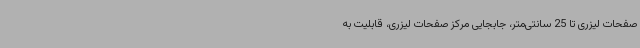
صفحات لیزری تا 25 سانتی‌متر، جابجایی مرکز صفحات لیزری، قابلیت به‌